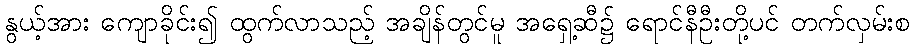
နွယ့်အား ကျောခိုင်း၍ ထွက်လာသည့် အချိန်တွင်မူ အရှေ့ဆီ၌ ရောင်နီဦးတို့ပင် တက်လှမ်းစ